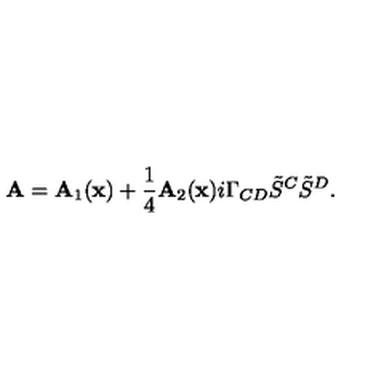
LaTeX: { \bf A } = { \bf A } _ { 1 } ( { \bf x } ) + { \frac { 1 } { 4 } } { \bf A } _ { 2 } ( { \bf x } ) i \Gamma _ { C D } { \tilde { S } } ^ { C } { \tilde { S } } ^ { D } .